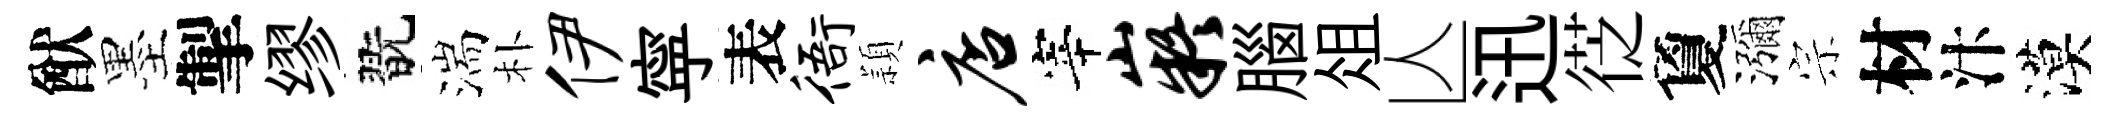
猷墨掣缪翫湍朴伊寜表衙頴店宰嶷腦俎亾迅徔夐瀰宗材汴漠